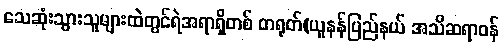
သေဆုံးသွားသူများထဲတွင်ရဲအရာရှိတစ် တရုတ်(ယူနန်ပြည်နယ် အသိဆရာဝန်